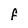
Character: F